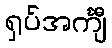
ရှပ်အင်္ကျီ